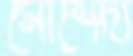
মোর্শেদা